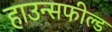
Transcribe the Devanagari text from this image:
हाउन्सफील्ड